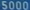
5000